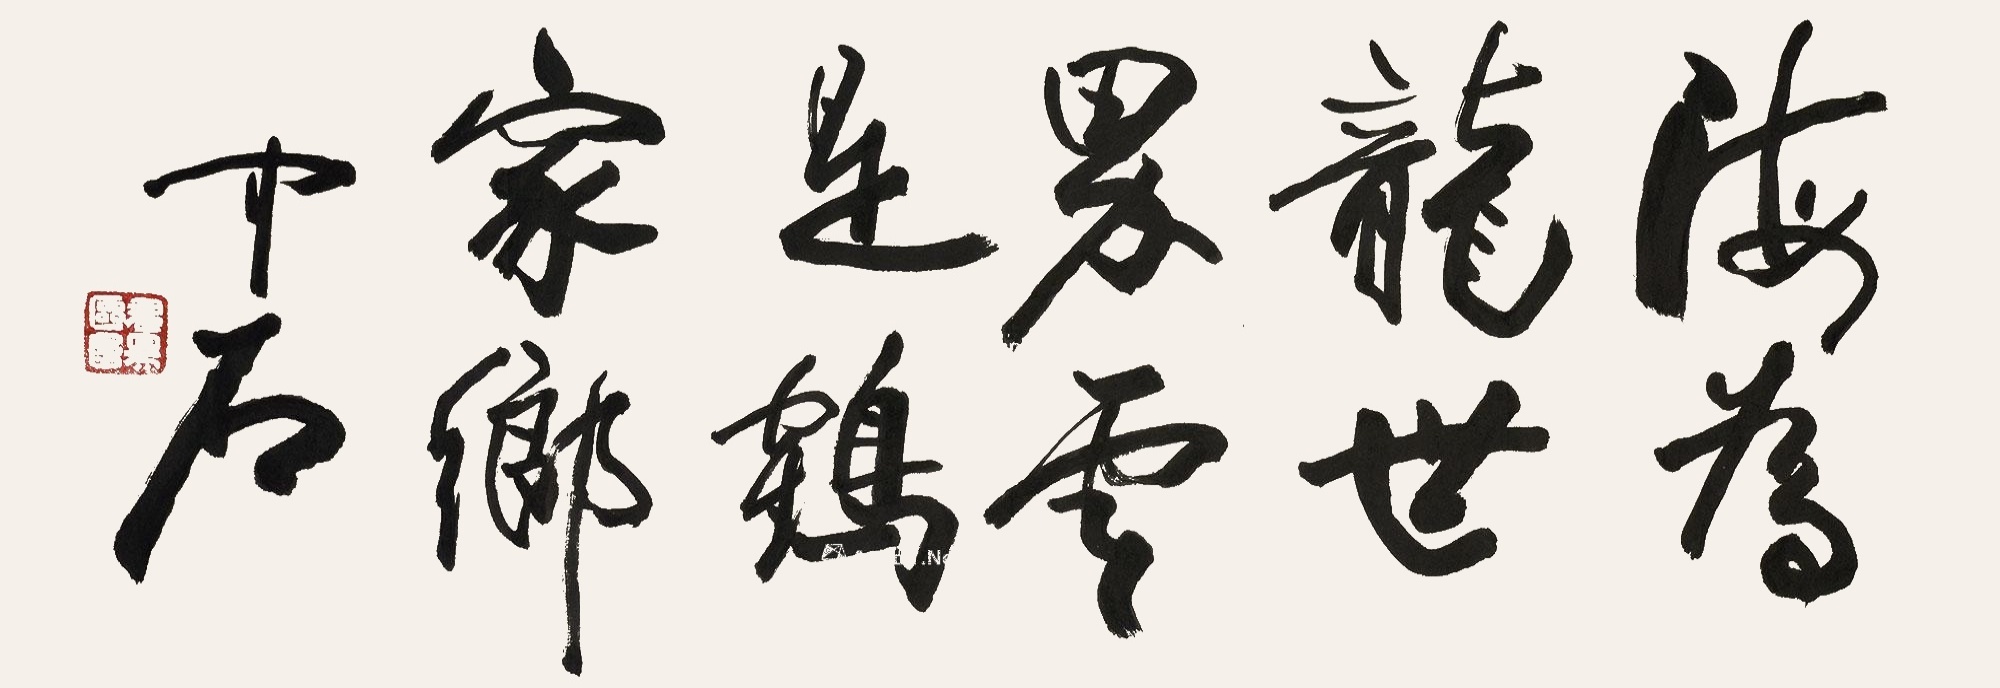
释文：海为龙世界，云是鹤家乡。中石。